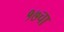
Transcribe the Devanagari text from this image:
१७चा